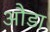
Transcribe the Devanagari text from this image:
औडा